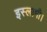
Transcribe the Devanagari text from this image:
इस्लामी।